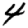
Digit: 4